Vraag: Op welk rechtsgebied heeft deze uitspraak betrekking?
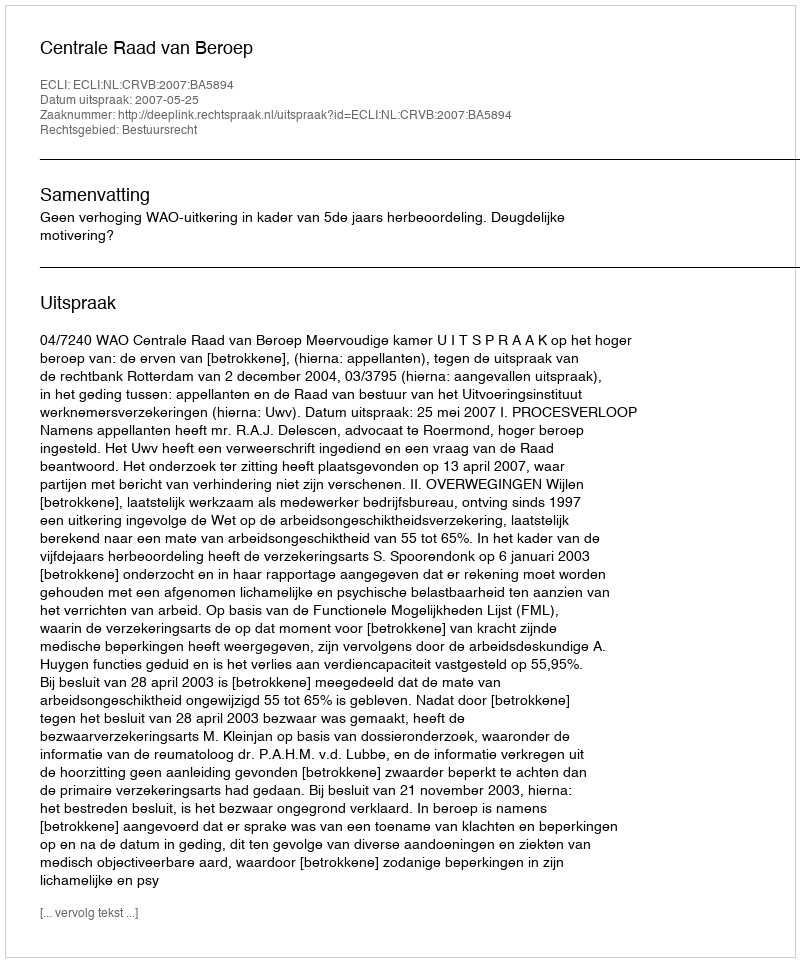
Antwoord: Bestuursrecht